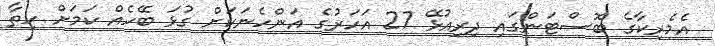
އެމެރިކާގެ ބޮސްޓަންގައި ދިރިއުޅޭ 27 އަހަރުގެ އަންހެނަކަށް ގުޅަ ބޭހެއް ކަމަށް ހިތާ